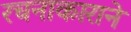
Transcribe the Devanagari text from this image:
रचनाकाराने